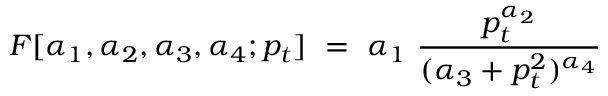
F [ { \alpha } _ { 1 } , { \alpha } _ { 2 } , { \alpha } _ { 3 } , { \alpha } _ { 4 } ; p _ { t } ] \ = \ { \alpha } _ { 1 } \ \frac { p _ { t } ^ { { \alpha } _ { 2 } } } { ( { \alpha } _ { 3 } + p _ { t } ^ { 2 } ) ^ { { \alpha } _ { 4 } } }